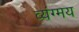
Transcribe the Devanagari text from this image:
व्यंग्मय